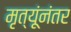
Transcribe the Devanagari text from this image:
मृत्यूंनंतर